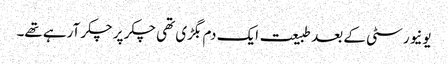
یونیورسٹی کے بعد طبیعت ایک دم بگڑی تھی چکر پر چکر آرہے تھے۔